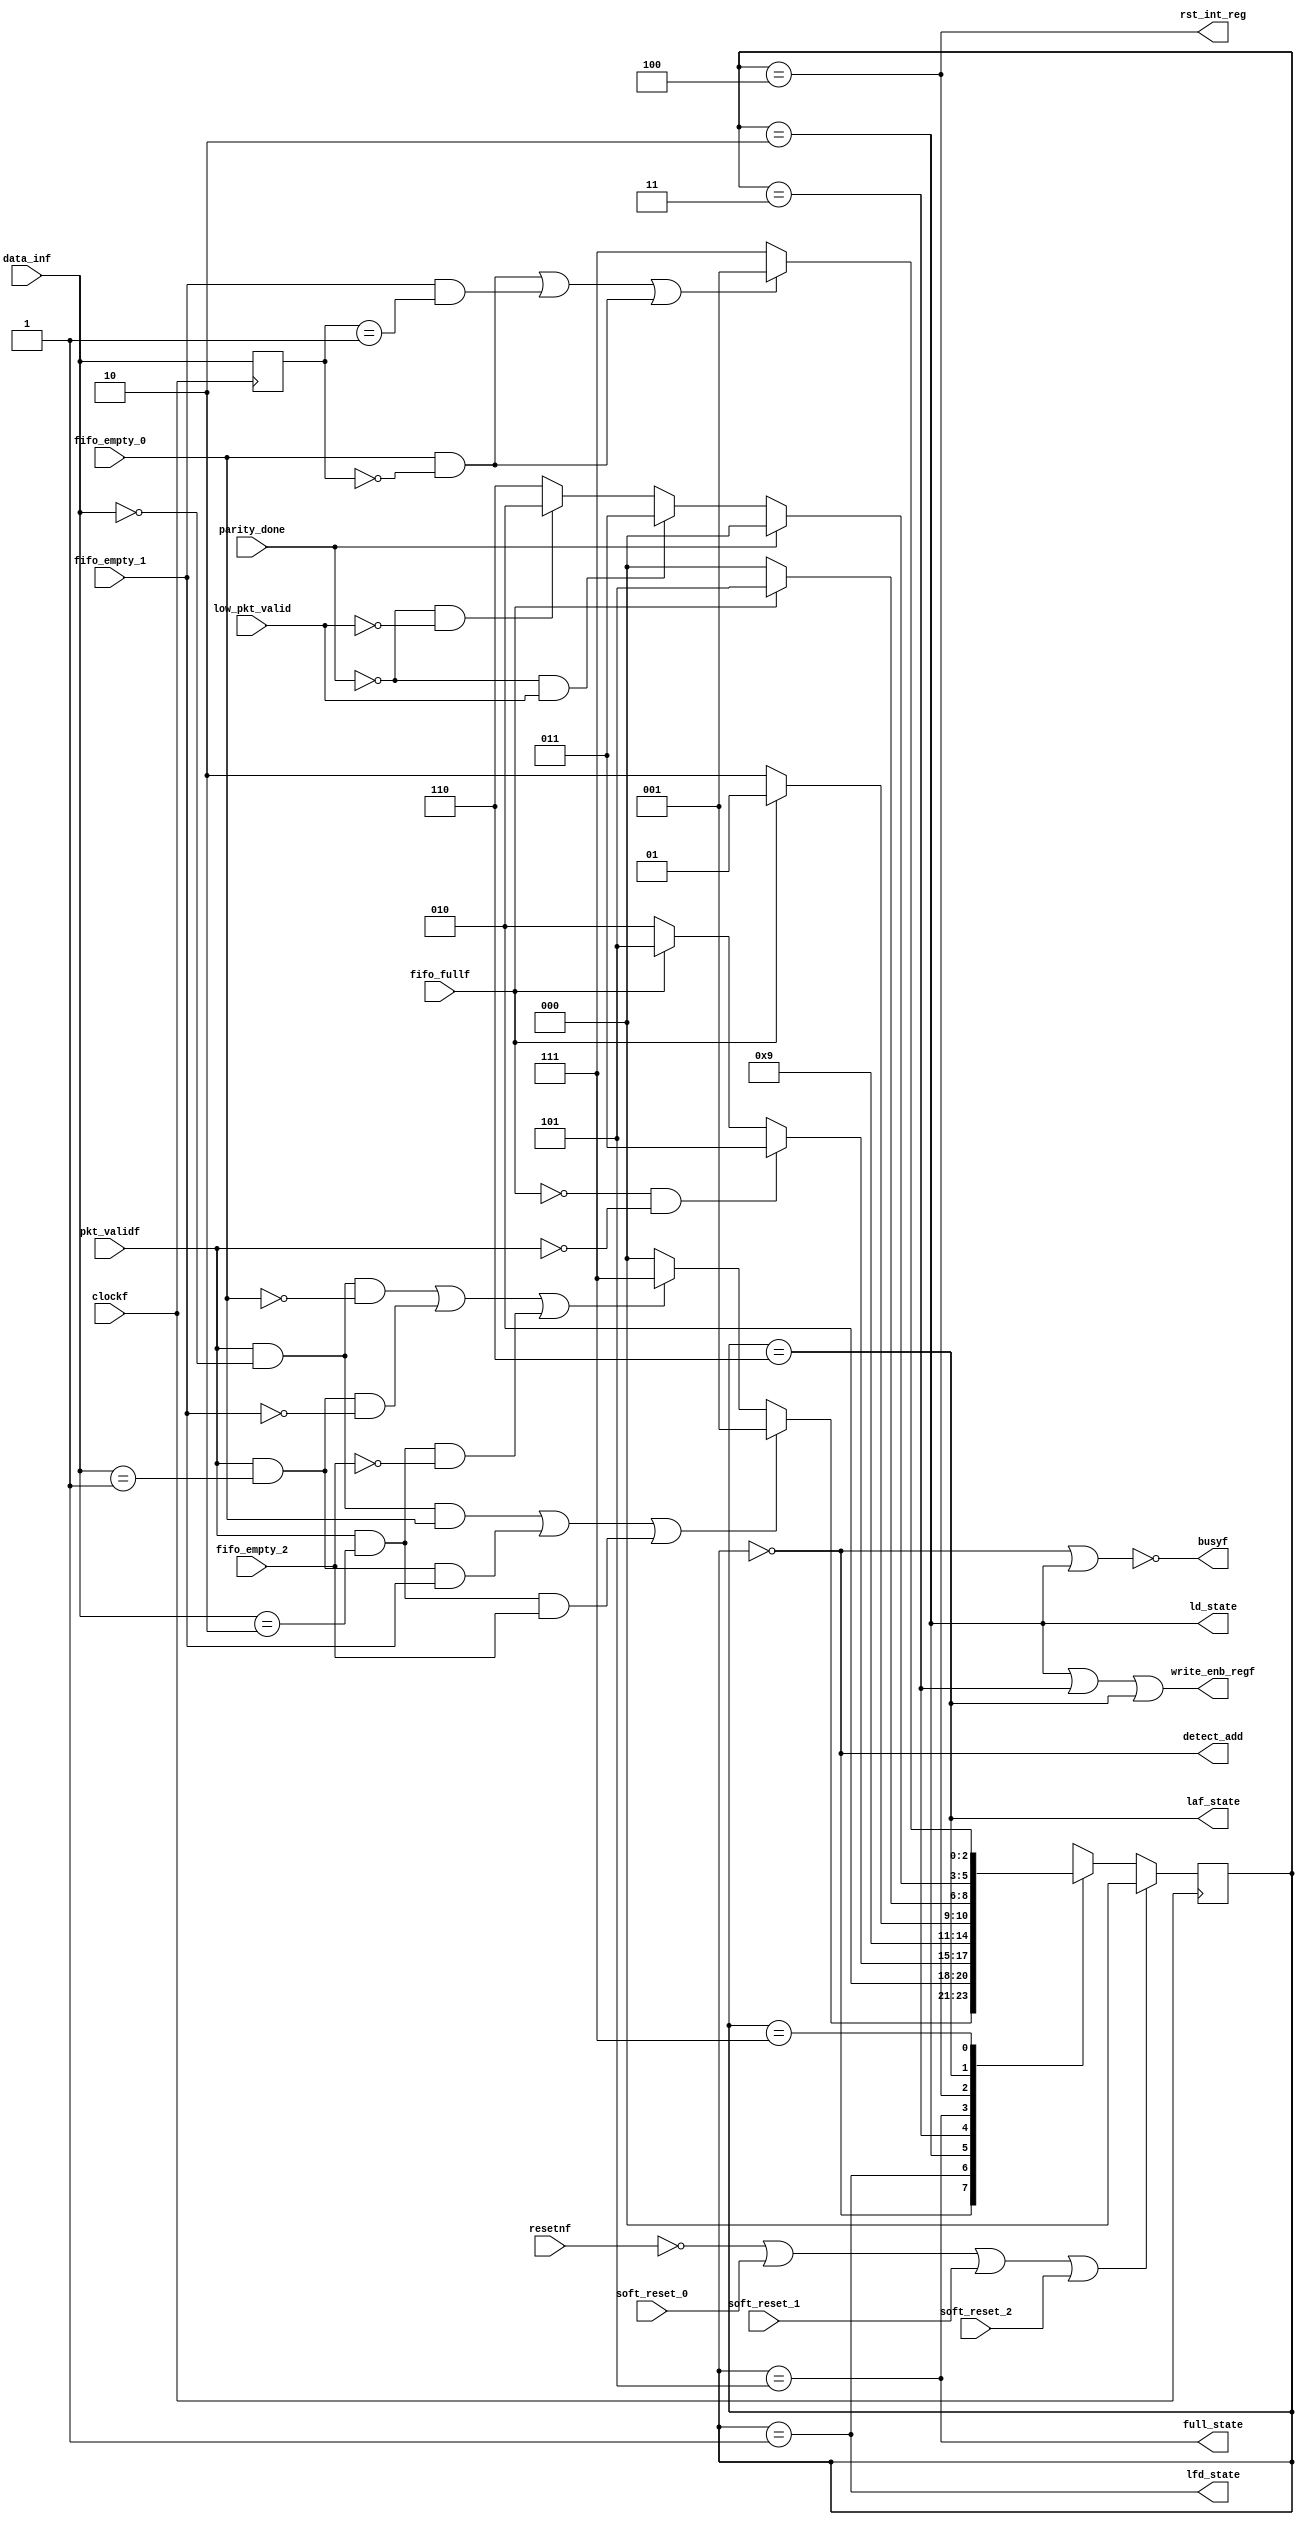
`timescale 1ns / 1ps
//////////////////////////////////////////////////////////////////////////////////
// Company: 
// Engineer: 
// 
// Design Name: 
// Module Name: FSM_Project
// Project Name: 
// Target Devices: 
// Tool Versions: 
// Description: 
// 
// Dependencies: 
// 
// Revision:
// Revision 0.01 - File Created
// Additional Comments:
// 
//////////////////////////////////////////////////////////////////////////////////

module FSM_Project(clockf,resetnf,pkt_validf,busyf,parity_done,data_inf,soft_reset_0,soft_reset_1,soft_reset_2,fifo_fullf,low_pkt_valid,fifo_empty_0,fifo_empty_1,fifo_empty_2,detect_add,ld_state,laf_state,full_state,write_enb_regf,rst_int_reg,lfd_state);
input clockf,resetnf,pkt_validf,soft_reset_0,soft_reset_1,soft_reset_2,fifo_fullf,parity_done;
input [1:0] data_inf;
input low_pkt_valid,fifo_empty_0,fifo_empty_1,fifo_empty_2;
output busyf,detect_add,ld_state,laf_state,full_state,write_enb_regf,rst_int_reg,lfd_state;
// State Declerations
parameter decode_address = 3'b000,
          load_first_data = 3'b001,
          load_data = 3'b010,
          load_parity = 3'b011,
          check_parity_error = 3'b100,
          fifo_full_state = 3'b101,
          load_after_full = 3'b110,
          wait_till_empty = 3'b111;
// Delcaration of present state and next state
reg [2:0] present_state,next_state;
// Internal variable to store the address
reg [1:0] addr;
// Present state logic
always@(posedge clockf)
begin
    if(!resetnf || soft_reset_0 || soft_reset_1 || soft_reset_2)
        present_state <= decode_address;
    else
        present_state <= next_state;
        addr <= data_inf;
end
// Next state combinational logic
always@(*)
begin
    next_state = decode_address;
    case(present_state)
    decode_address : begin
                     if ((pkt_validf & (data_inf[1:0] == 0) & fifo_empty_0) | 
                         (pkt_validf & (data_inf[1:0] == 1) & fifo_empty_1) | 
                         (pkt_validf & (data_inf[1:0] == 2) & fifo_empty_2))
                        next_state = load_first_data;
                     else if ((pkt_validf & (data_inf[1:0] == 0) & !fifo_empty_0) | 
                              (pkt_validf & (data_inf[1:0] == 1) & !fifo_empty_1) | 
                              (pkt_validf & (data_inf[1:0] == 2) & !fifo_empty_2))
                        next_state = wait_till_empty;
                     else 
                        next_state = decode_address;
                     end
    load_first_data : begin next_state = load_data; end
    load_data       : begin
                      if (!fifo_fullf && !pkt_validf)
                          next_state = load_parity;
                      else if (fifo_fullf)
                          next_state = fifo_full_state;
                      else
                          next_state = load_data;
                      end
    load_parity     : begin next_state = check_parity_error; end
    fifo_full_state : begin
                      if (!fifo_fullf)
                          next_state = load_after_full;
                      else
                          next_state = fifo_full_state;
                      end
    check_parity_error : begin
                         if (!fifo_fullf)
                            next_state = decode_address;
                         else next_state = fifo_full_state; end
    load_after_full : begin 
                      if (parity_done)
                          next_state = decode_address;
                      else if (!parity_done && low_pkt_valid)
                          next_state = load_parity;
                      else if (!parity_done && !low_pkt_valid)
                          next_state = load_data;
                      else
                          next_state = load_after_full;
                      end
    wait_till_empty : begin 
                      if ((fifo_empty_0 && (addr == 0)) ||
                          (fifo_empty_1 && (addr == 1)) ||
                          (fifo_empty_0 && (addr == 0)))
                         next_state = load_first_data; 
                      else next_state = wait_till_empty;
                      end
    default: next_state = decode_address;
    endcase
end
// Output assignment
assign detect_add = (present_state == decode_address);
assign ld_state = (present_state == load_data);
assign laf_state = (present_state == load_after_full);
assign full_state = (present_state ==  fifo_full_state);
assign write_enb_regf = ((present_state == load_data) || (present_state == load_parity) || (present_state == load_after_full));
assign rst_int_reg = (present_state == check_parity_error);
assign lfd_state = (present_state == load_first_data);
assign busyf = !((present_state == decode_address) || (present_state == load_data));
endmodule